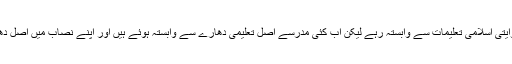
اکثر مدرسے ایک طویل عرصہ سے روایتی اسلامی تعلیمات سے وابستہ رہے لیکن اب کئی مدرسے اصل تعلیمی دھارے سے وابستہ ہوئے ہیں اور اپنے نصاب میں اصل دھارے کے مضامین بھی پڑھا رہے ہیں ۔